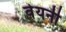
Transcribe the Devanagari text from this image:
वेयनी